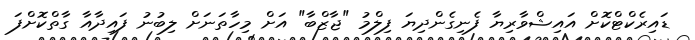
ޑައިރެކްޓްކޮށް އައިޝްވާރިޔާ ފެނިގެންދިޔަ ފިލްމު "ޖާޒްބާ" އަށް މިހާތަނަށް ލިބުނު ފައިދާއާ ގާތްކޮށްފަ